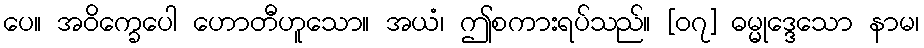
ပေ။ အဝိက္ခေပေါ ဟောတီဟူသော။ အယံ၊ ဤစကားရပ်သည်။ [၀၇] ဓမ္မုဒ္ဒေသော နာမ၊